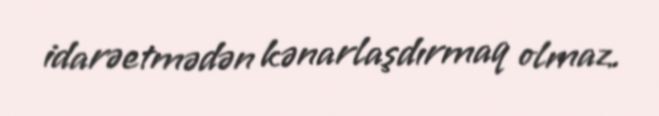
idarəetmədən kənarlaşdırmaq olmaz.